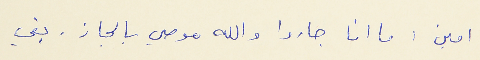
امين : ما انا جاروا والله موصي بالجاز . بقي